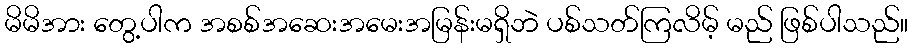
မိမိအား တွေ့ပါက အစစ်အဆေးအမေးအမြန်းမရှိဘဲ ပစ်သတ်ကြလိမ့် မည် ဖြစ်ပါသည်။